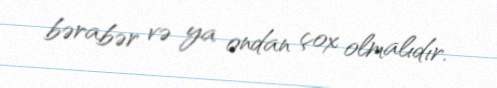
bərabər və ya ondan çox olmalıdır.